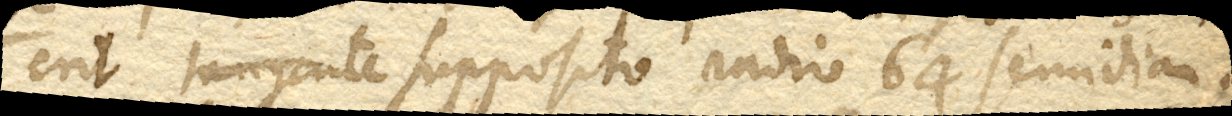
erit tangente supposito radio 64 semidiam.